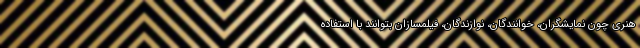
هنری چون نمایشگران، خوانندگان، نوازندگان، فیلمسازان بتوانند با استفاده